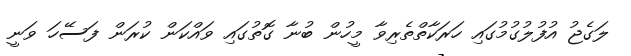
ލަގެޖު އުފުލުގުމުގައި ހަރަކާތްތެރިވާ މީހުން ބުނާ ގޮތުގައި ވައްކަން ކުރަން ފަސޭހަ ވަނީ